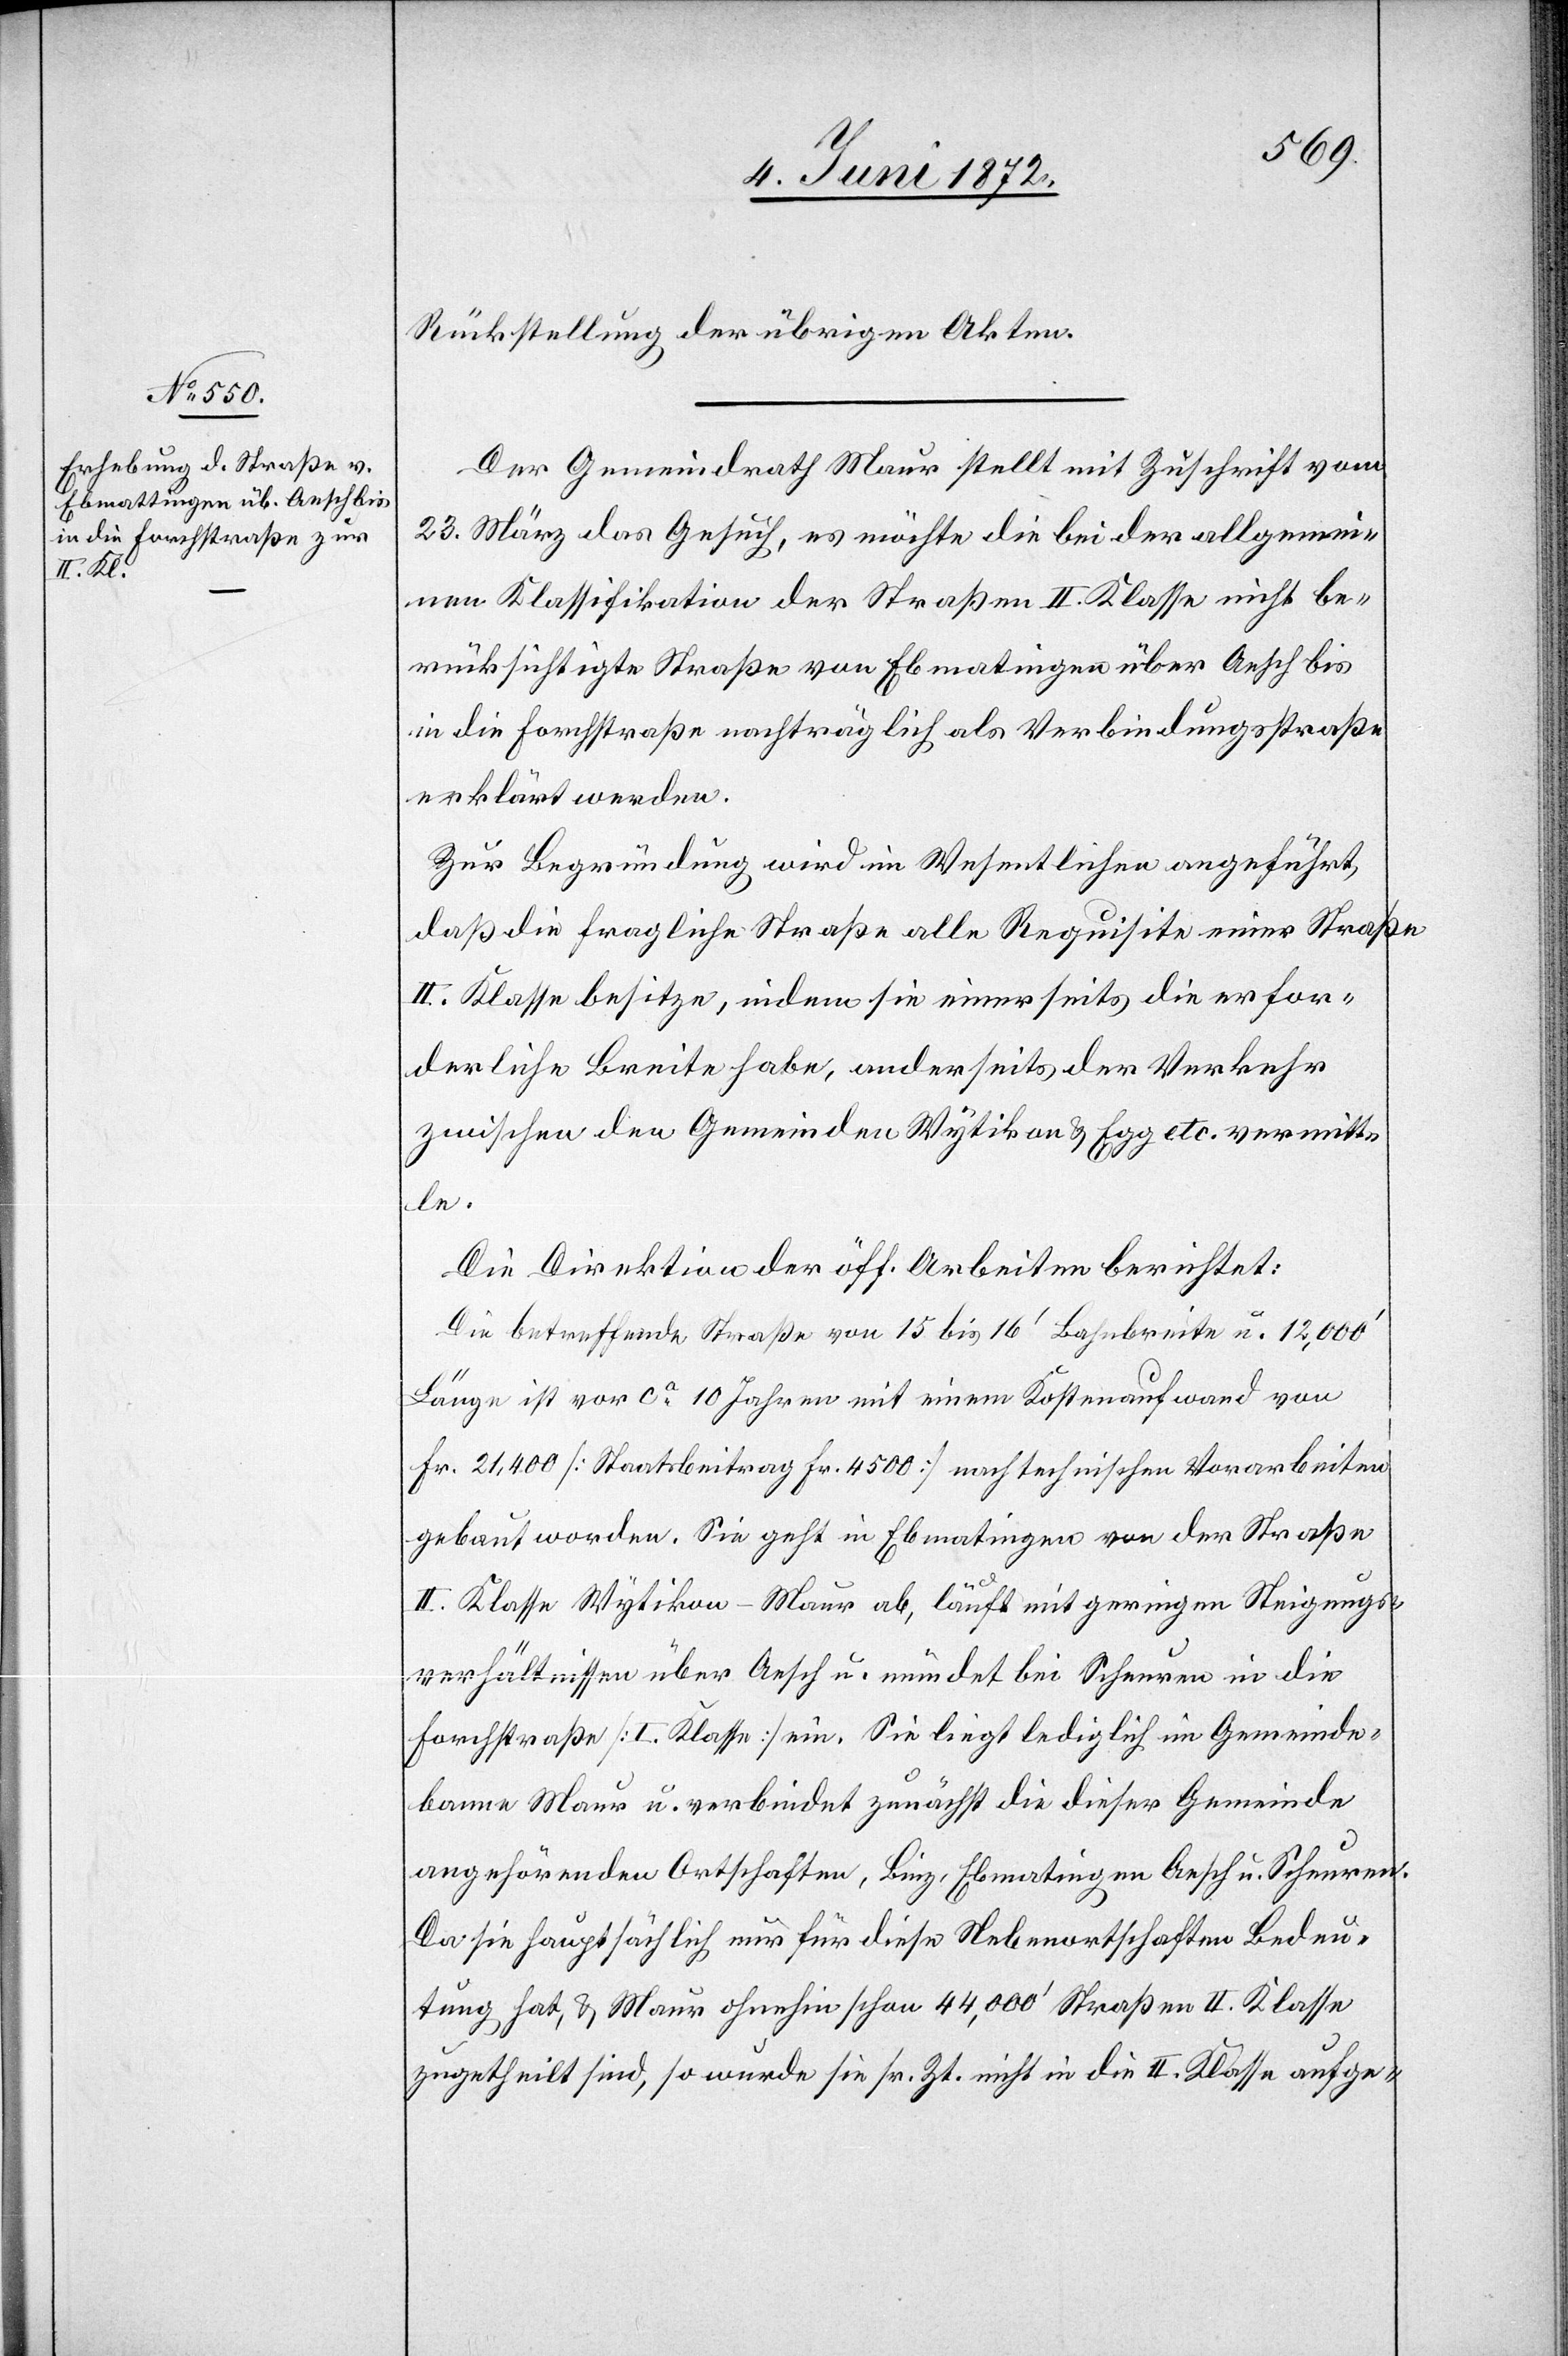
Rückstellung der übrigen Akten.